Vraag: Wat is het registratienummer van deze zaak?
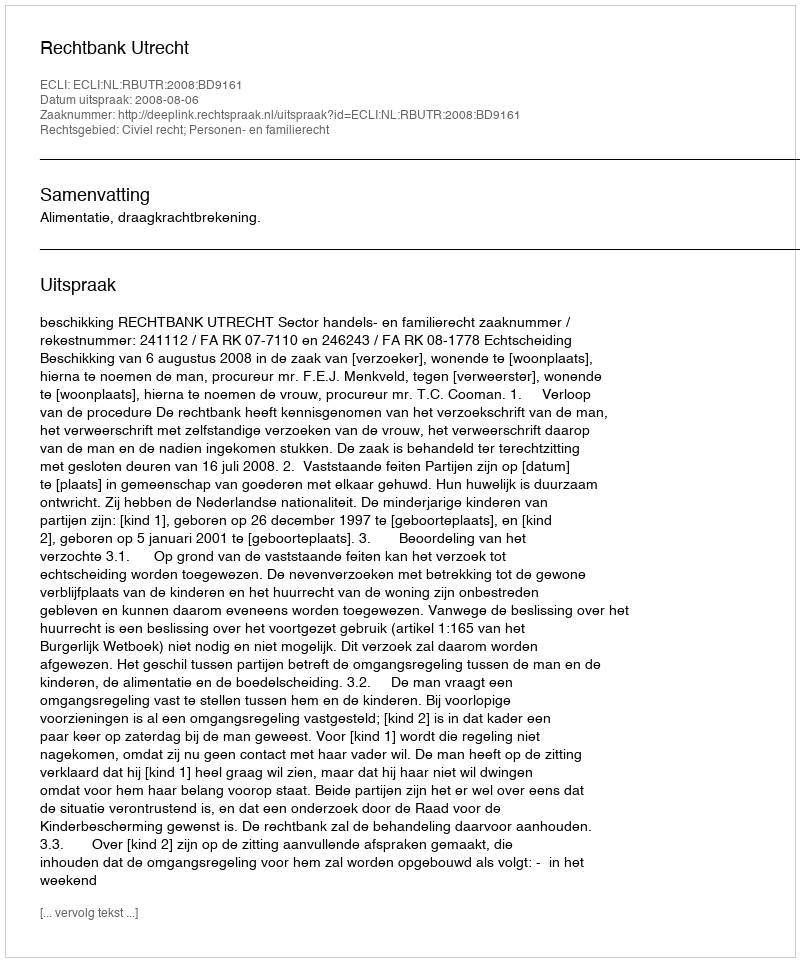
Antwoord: http://deeplink.rechtspraak.nl/uitspraak?id=ECLI:NL:RBUTR:2008:BD9161